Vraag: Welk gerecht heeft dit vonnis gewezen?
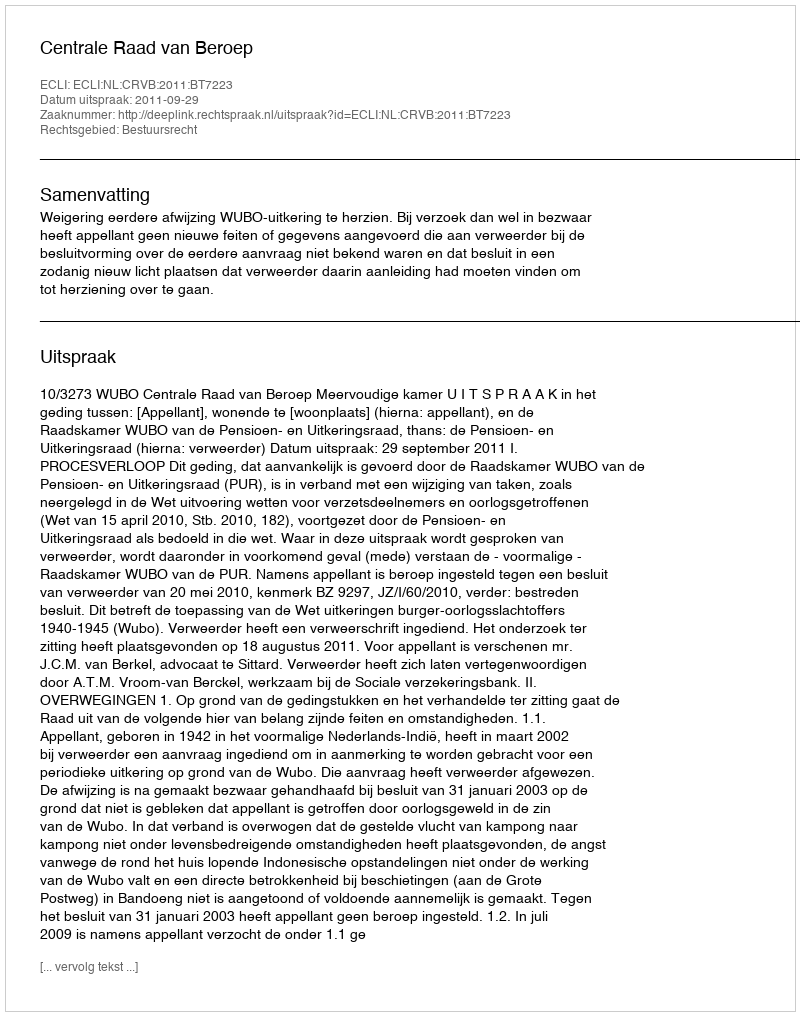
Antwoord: Centrale Raad van Beroep